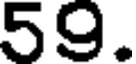
59.